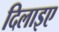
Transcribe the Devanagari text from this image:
दिलाइए